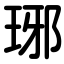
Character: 琊